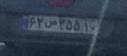
۶۲ص۲۵۵۱۰